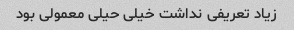
زیاد تعریفی نداشت خیلی حیلی معمولی بود